Annual report of the Imperial Bacteriologist
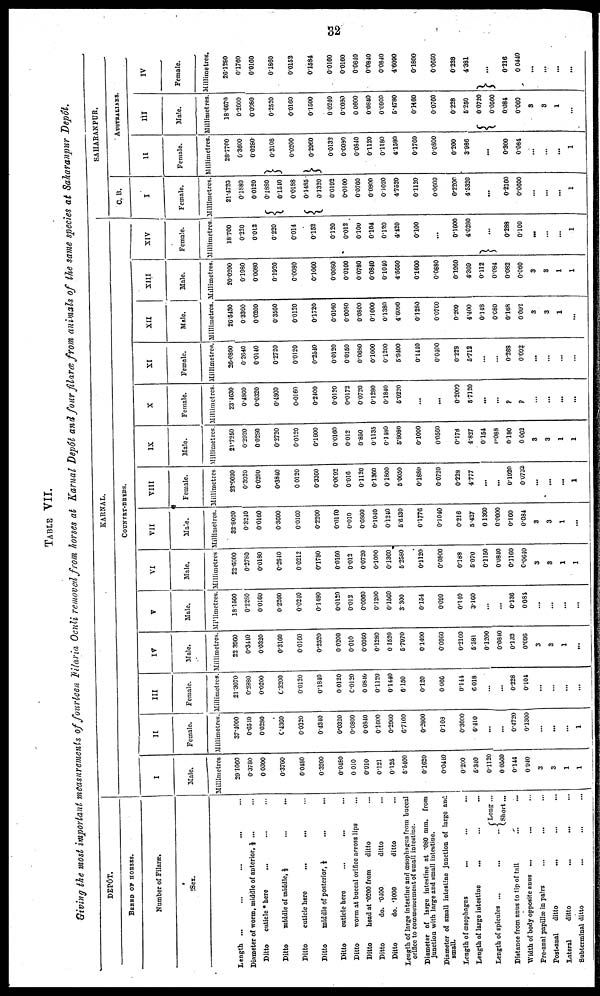
32
TABLE VII.
Giving the most important measurements of fourteen Filaria Oculi removed from horses at Karnal Depôt and four filaræ from animals of the same species at Saharanpur Depôt.
DEPÔT.
BREED OF HORSES.
Number of Filaræ.
Sex.
Length ... ...
...
Diameter of worm, middle of anterior, ⅓
Ditto
cuticle * here
...
Ditto
middle of middle, ⅓
Ditto
cuticle
here ...
Ditto middle of posterior, ⅓
Ditto
cuticle here
...
...
...
...
...
...
...
...
Ditto
worm at buccal orifice across lips
Ditto
head at.0200 from
Ditto
do. .0400
Ditto
do. .1000
ditto
ditto
ditto
...
...
...
...
...
...
..
...
...
...
...
Length of large intestine and œsophngus from buccal
orifice to commencement of small intestine.
Diameter of large intestine at .080 mm. from
junction with large and small intestine.
Diameter of small intestine junction of large and
small.
Length of œsophagus
Length of large intestine
Length of spicules ...
...
...
...
Distance from anus to tip of tail
Width of body opposite anus
Pre-anal papillæ in pairs
Post-anal
ditto
Lateral
ditto
Subterminal ditto
...
...
...
...
...
...
...
...
...
... { Long ...
Short ...
...
...
...
...
...
...
...
...
...
...
...
...
I
Male.
Millimetres
29.1060
0.3780
0.0300
0.3760
0.0480
0.3200
0.0480
0.010
0.910
0.121
0.125
5.5400
0.1620
0.0410
0.200
5.340
0.1120
0.0500
0.144
0.940
3
3
1
1
II
Female.
Millimetres.
37.4000
0.6510
0.0280
0.4360
0.0320
0.4340
0.0320
0.0800
0.0840
0.1600
0.2960
6.7100
0.2800
0.108
0.3000
6.410
...
...
0.4720
0.1300
...
...
...
1
III
Female.
Millimetres.
21.3070
0.2880
0.0200
0.3200
0.0120
0.1840
0.0120
0.0120
0.0840
0.1120
0.1440
6.150
0.120
0.066
0.144
6.018
...
...
0.228
0.104
...
...
...
...
IV
Male.
Millimetres.
22.3960
0.3440
0.0320
0.3160
0.0160
0.2520
0.0200
0.010
0.0960
0.1280
0.1520
5.7970
0.1400
0.0960
0.2160
5.581
0.1200
0.0840
0.132
0.096
3
3
1
...
V
Male.
Millimetres.
18.1500
0.2280
0.0160
0.2200
0.0240
0.1480
0.0120
0.012
0.0960
0.1200
0.1560
3.300
0.154
0.099
0.140
3.160
...
...
0.136
0.084
...
...
...
...
VI
Male.
Millimetres
22.6600
0.2780
0.0180
0.2840
0.0212
0.1780
0.0160
0.012
0.0720
0.1000
0.1360
5.2580
0.1120
0.0800
0.188
5.070
0.1150
0.0840
0.1160
0.0640
3
3
1
1
KARNAL.
COUNTRY-BREDS.
VII
Male.
Millimetres.
32.8020
0.3240
0.0160
0.3600
0.0160
0.2200
0.0110
0.010
0.0800
0.1040
0.1240
5.6430
0.1776
0.1040
0.216
5.427
0.1360
0.0000
0.160
0.084
3
3
1
...
VIII
Female.
Millimetres.
23.0030
0.3020
0.0200
0.3840
0.0120
0.3360
0.0092
0.016
0.1120
0.1360
0.1800
5.0050
0.1880
0.0720
0.228
4.777
...
...
0.1920
0.0732
...
...
...
1
IX
Male.
Millimetres.
21.7250
0.2020
0.0280
0.2720
0.0120
0.1600
0.0160
0.012
0.850
0.1135
0.1480
5.8080
0.1000
0.0560
0.178
4.827
0.154
0.088
0.180
0.062
3
3
1
1
X
Female.
Millimetres.
23.4630
0.4860
0.0320
0.4800
0.0160
0.2400
0.0120
0.0172
0.0720
0.1280
0.1840
5.9220
...
...
0.2000
5.7120
...
...
?
?
...
...
...
...
XI
Female.
Millimetres.
26.6860
0.2640
0.0140
0.2720
0.0120
0.2540
0.0120
0.0150
0.0680
0.1000
0.1200
5.9400
0.1440
0.0400
0.228
5.713
...
...
0.268
0.092
...
...
...
...
XII
Male.
Millimetres.
26.5430
0.3360
0.0200
0.3560
0.0120
0.1720
0.0160
0.0080
0.0800
0.1000
0.1380
4.6090
0.1280
0.0760
0.209
4.400
0.148
0.080
0.168
0.092
3
3
1
...
XIII
Male.
Millimetres.
20.0200
0.1980
0.0080
0.1920
0.0080
0.1060
0.0080
0.0100
0.0780
0.0840
0.1040
4.5650
0.1600
0.0880
0.1960
4.369
0112
0.084
0.082
0.060
3
3
1
1
XIV
Female.
Millimetres.
18.700
0.220
0.012
0.220
0.014
0.152
0.120
0.012
0.100
0.104
0.120
4.420
0.100
...
0.1600
4.0280
} ...
0.288
0.100
...
...
...
1
C. B.
I
Female.
Millimetres.
21.4720
0.1880
0.0120
{ 0.1880
0.1540
0.0188
{
0.1485
0.1320
0.0192
0.0100
0.0760
0.0800
0.1020
4.7520
0.1120
0.0600
0.2200
4.5320
...
0.2160
0.0600
...
...
...
1
SAHARANPUR.
II
Female.
Millimetres.
28.7700
0.3600
0.0280
}
0.3108
0.0200
}
0.2960
0 .0132
0.0080
0.0840
0.1120
0.1180
4.1580
0.1760
0.0800
0.200
3.986
...
0.300
0.084
...
...
...
1
AUSTRALIANS.
III
Male.
Millimetres.
18.6670
0.2600
0.0080
0.2520
0.0160
0.1500
0.0240
0.0080
0.0600
0.0840
0.0900
5.4780
0.1160
0.0760
0.228
5.250
{
0.0720
0.0560
0.084
0.060
3
3
1
...
IV
Female.
Millimetres.
26.1280
0.1760
0.0160
0.1860
0.0152
0.1584
0.0160
0.0160
0.0640
0.0840
0.0840
4.6090
0.1800
0.0650
0.228
4.381
}...
0.216
0.0440
....
...